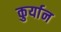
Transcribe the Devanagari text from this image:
कुर्यान